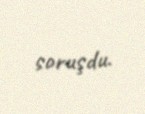
soruşdu.